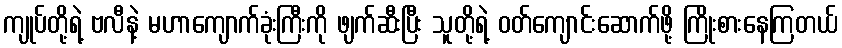
ကျုပ်တို့ရဲ့ ဗလီနဲ့ မဟာကျောက်ခုံးကြီးကို ဖျက်ဆီးပြီး သူတို့ရဲ့ ဝတ်ကျောင်းဆောက်ဖို့ ကြိုးစားနေကြတယ်